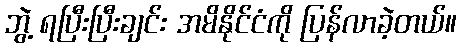
ဘွဲ့ ရပြီးပြီးချင်း အမိနိုင်ငံကို ပြန်လာခဲ့တယ်။